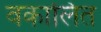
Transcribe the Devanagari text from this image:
वकालित